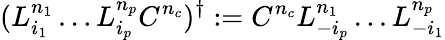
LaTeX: (L_{i_{1}}^{n_{1}}\ldots L_{i_{p}}^{n_{p}}C^{n_{c}})^{\dagger}:=C^{n_{c}}L_{-i_{p}}^{n_{1}}\ldots L_{-i_{1}}^{n_{p}}